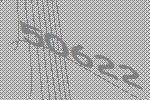
50622